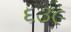
૬૩૯